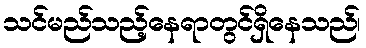
သင်မည်သည့်နေရာတွင်ရှိနေသည်၊